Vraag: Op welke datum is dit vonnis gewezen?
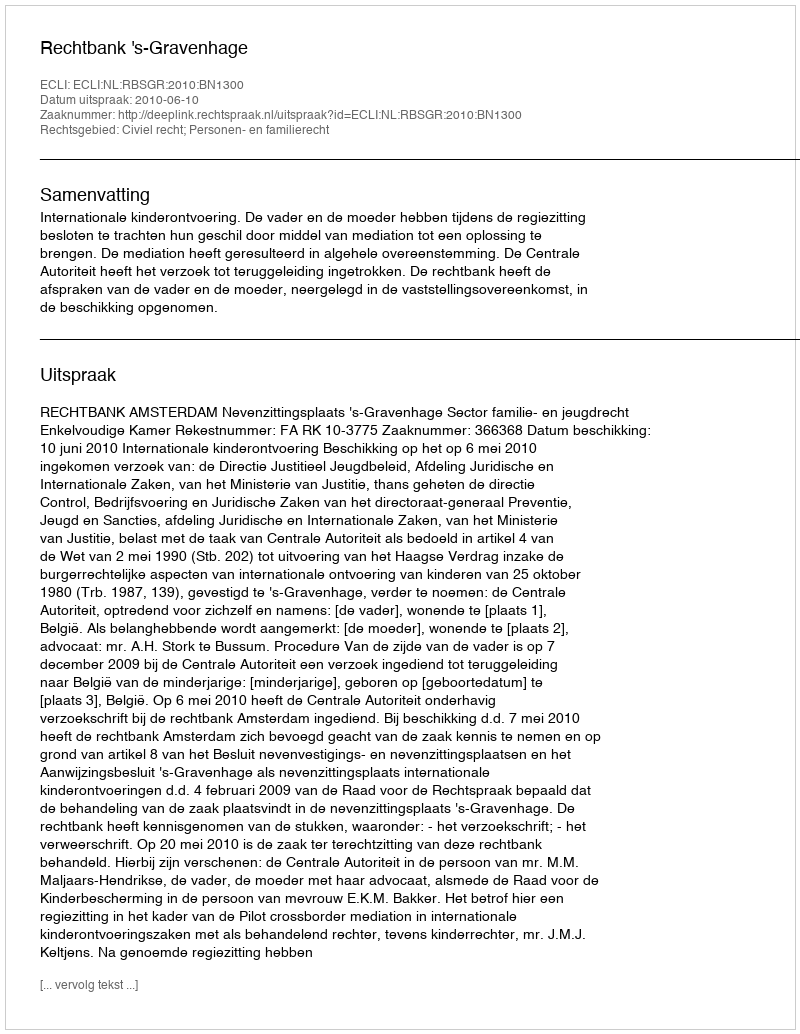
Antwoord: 2010-06-10